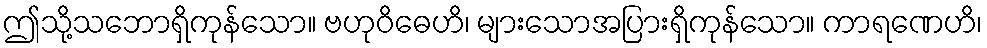
ဤသို့သဘောရှိကုန်သော။ ဗဟုဝိဓေဟိ၊ များသောအပြားရှိကုန်သော။ ကာရဏေဟိ၊